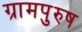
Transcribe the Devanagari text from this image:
ग्रामपुरुष